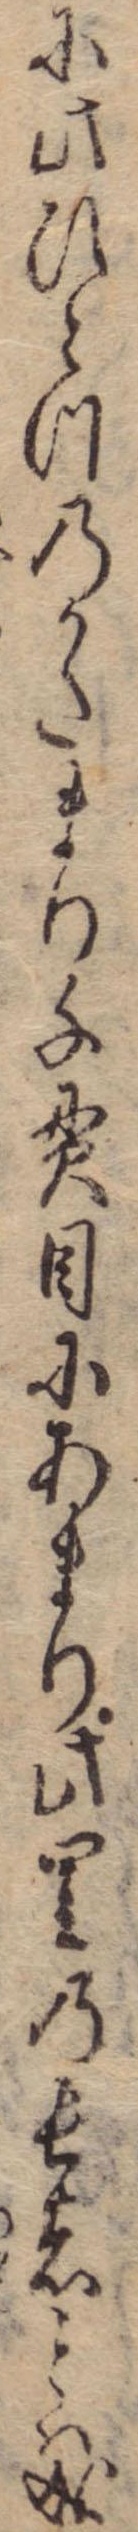
に此ひとつのかたまり千貫目にあまり此里の長者とは成